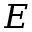
E